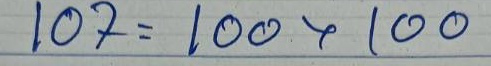
107= 100 x 100